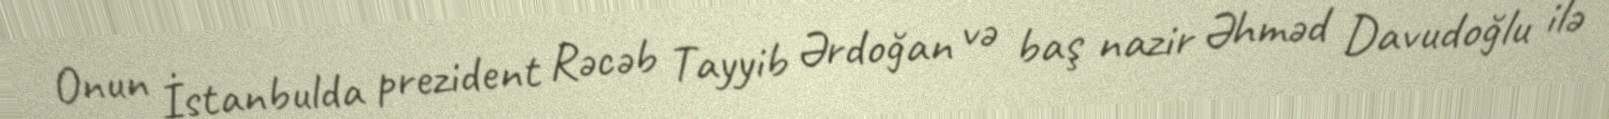
Onun İstanbulda prezident Rəcəb Tayyib Ərdoğan və baş nazir Əhməd Davudoğlu ilə